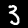
Label: 3